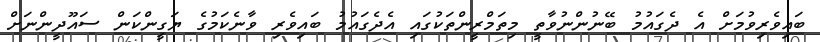
ބައިވެރިވުމަށް އެ ދެގައުމު ބޭނުންނުވާތީ މިތަމްރީންތަކުގައި އެދެގައުމު ބައިވެރި ވާނެކަމުގެ ޔަގީންކަން ސައޫދީންނަށް